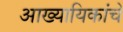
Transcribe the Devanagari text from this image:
आख्यायिकांचे